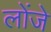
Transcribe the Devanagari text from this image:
लोंजे